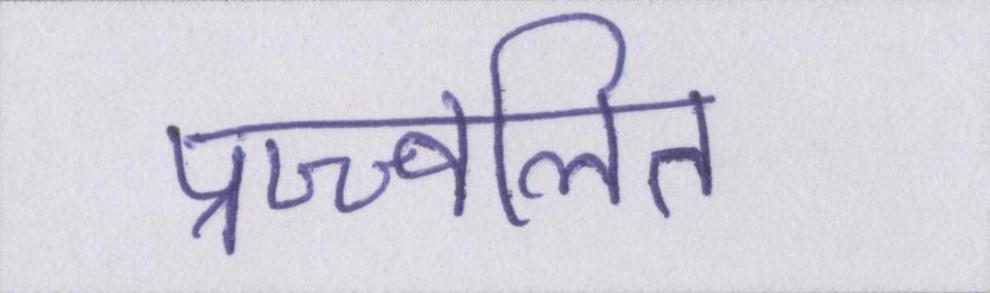
प्रज्ज्वलित